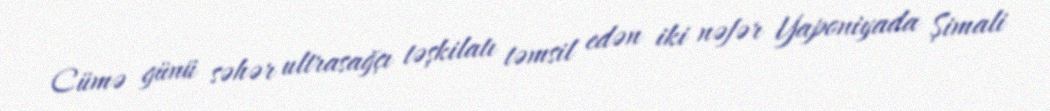
Cümə günü səhər ultrasağçı təşkilatı təmsil edən iki nəfər Yaponiyada Şimali